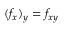
( f _ { x } ) _ { y } = f _ { x y }